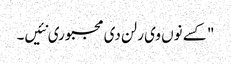
" کسے نوں وی رلن دی مجبوری نئیں۔